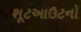
શૂટઆઉટનો